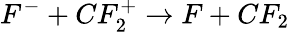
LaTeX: F^{-}+CF_{2}^{+}\rightarrow F+CF_{2}